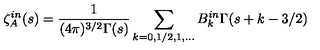
\zeta _ { A } ^ { i n } ( s ) = \frac { 1 } { ( 4 \pi ) ^ { 3 / 2 } \Gamma ( s ) } \sum _ { k = 0 , 1 / 2 , 1 , . . . } B _ { k } ^ { i n } \Gamma ( s + k - 3 / 2 )